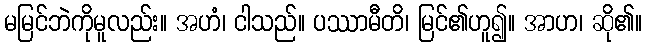
မမြင်ဘဲကိုမူလည်း။ အဟံ၊ ငါသည်။ ပဿာမီတိ၊ မြင်၏ဟူ၍။ အာဟ၊ ဆို၏။